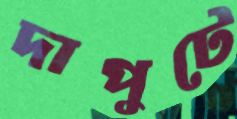
দাপুটে